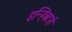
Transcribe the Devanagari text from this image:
इन्हिबटर्स